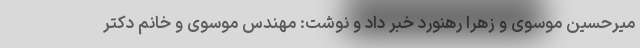
میرحسین موسوی و زهرا رهنورد خبر داد و نوشت: مهندس موسوی و خانم دکتر